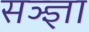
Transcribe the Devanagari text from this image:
सञ्ज्ञा